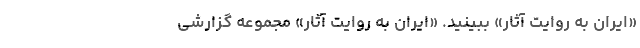
«ایران به روایت آثار» ببینید. «ایران به روایت آثار» مجموعه‌ گزارشی